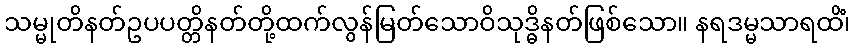
သမ္မုတိနတ်ဥပပတ္တိနတ်တို့ထက်လွန်မြတ်သောဝိသုဒ္ဓိနတ်ဖြစ်သော။ နရဒမ္မသာရထိံ၊